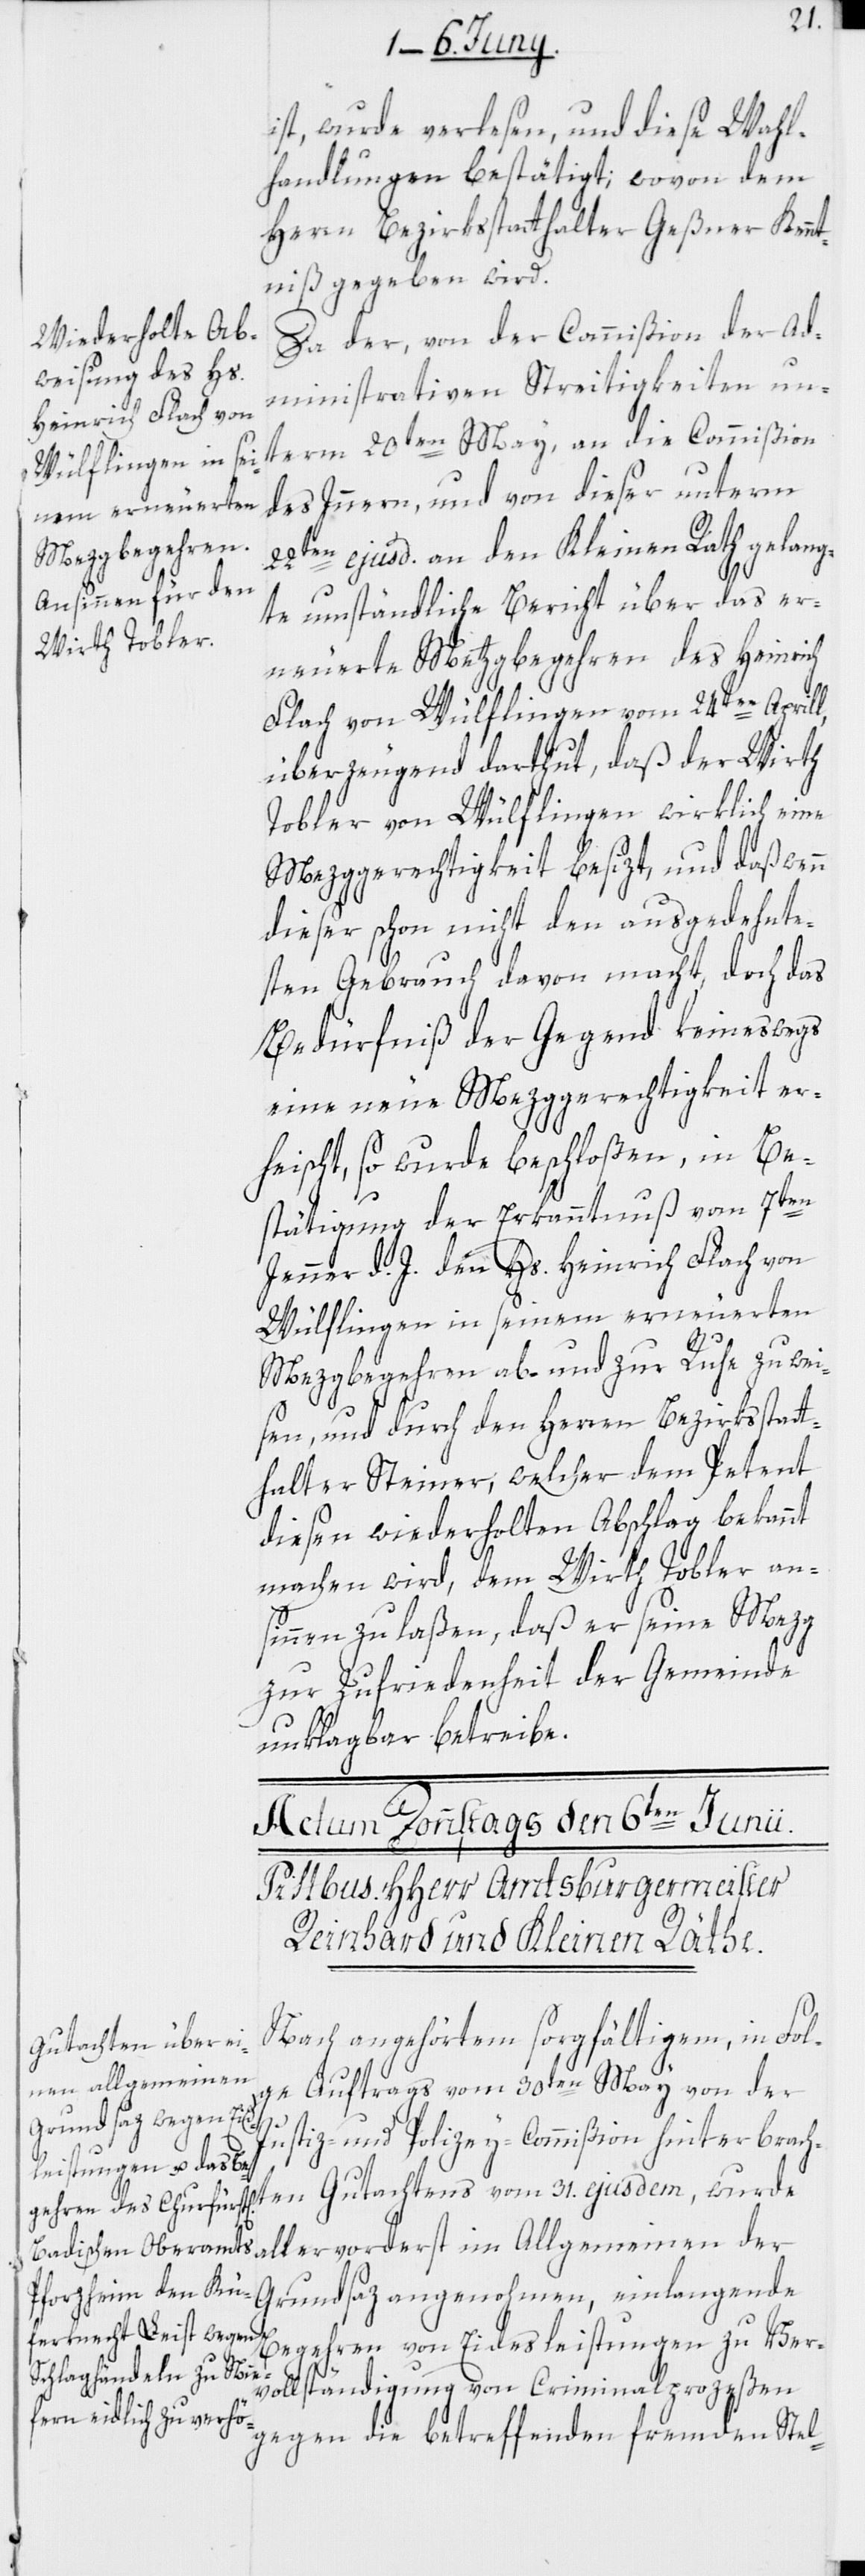
31.
ist, wurde verlesen, und diese Wahl¬
handlungen bestätigt; wovon dem
Herrn Bezirksstatthalter Geßner Kennt¬
niß gegeben wird.
Da der, von der Commißion der ad¬
ministrativen Streitigkeiten un¬
term 20ten May, an die Commißion
des Innern, und von dieser unterm
22ten ejusd. an den Kleinen Rath gelang¬
te umständliche Bericht über das er¬
neuerte Metzgbegehren des Heinrich
Flach von Wülflingen vom 24ten Aprill,
überzeugend darthut, daß der Wirth
Tobler von Wülflingen wirklich eine
Mezggerechtigkeit besizt, und daß wenn
dieser schon nicht den ausgedehnte¬
sten Gebrauch davon macht, doch das
Bedürfniß der Gegend keineswegs
eine neue Mezggerechtigkeit er¬
heischt, so wurde beschloßen, in Be¬
stätigung der Erkanntnuß vom 7ten
Jenner d. J. den Hs. Heinrich Flach von
Wülflingen in seinem erneuerten
Mezgbegehren ab- und zur Ruhe zu wei¬
sen, und durch den Herren Bezirksstatt¬
halter Steiner, welcher dem Petent
diesen wiederholten Abschlag bekannt
machen wird, dem Wirth Tobler an¬
sinnen zu laßen, daß er seine Mezg
zur Zufriedenheit der Gemeinde
unklagbar betreibe.
Nach angehörtem sorgfältigem, in Fol¬
ge Auftrags vom 30ten May von der
Justiz- und Polizey-Commißion hinterbracht¬
Allgemeinen der Grundsaz angenohmen, einlangende
Begehren von Eidesleistungen zu Ver¬
vollständigung von Criminalprozeßen
gegen die betreffenden fremden Stel-

im